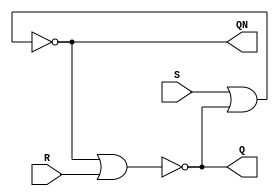
// This program was cloned from: https://github.com/regales/cpre281
// License: Apache License 2.0

// Copyright (C) 2023  Intel Corporation. All rights reserved.
// Your use of Intel Corporation's design tools, logic functions 
// and other software and tools, and any partner logic 
// functions, and any output files from any of the foregoing 
// (including device programming or simulation files), and any 
// associated documentation or information are expressly subject 
// to the terms and conditions of the Intel Program License 
// Subscription Agreement, the Intel Quartus Prime License Agreement,
// the Intel FPGA IP License Agreement, or other applicable license
// agreement, including, without limitation, that your use is for
// the sole purpose of programming logic devices manufactured by
// Intel and sold by Intel or its authorized distributors.  Please
// refer to the applicable agreement for further details, at
// https://fpgasoftware.intel.com/eula.

// PROGRAM		"Quartus Prime"
// VERSION		"Version 22.1std.1 Build 917 02/14/2023 SC Standard Edition"
// CREATED		"Fri Apr  5 12:43:06 2024"

module lab9step1a(
	S,
	R,
	Q,
	QN
);


input wire	S;
input wire	R;
output wire	Q;
output wire	QN;

wire	SYNTHESIZED_WIRE_0;
wire	SYNTHESIZED_WIRE_1;

assign	Q = SYNTHESIZED_WIRE_1;
assign	QN = SYNTHESIZED_WIRE_0;



assign	SYNTHESIZED_WIRE_1 = ~(SYNTHESIZED_WIRE_0 | R);

assign	SYNTHESIZED_WIRE_0 = ~(S | SYNTHESIZED_WIRE_1);


endmodule